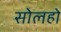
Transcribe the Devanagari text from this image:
सोलहो